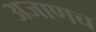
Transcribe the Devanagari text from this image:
अजाणच